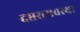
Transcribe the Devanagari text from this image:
दप्तरव्यवस्था